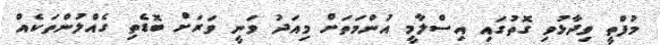
މުފްތީ ވިދާޅުވި ގޮތުގައި އިސްލާމީ އުންމަތަށް މިއަދު ވަނީ ވަރަށް ބޮޑެތި ގެއްލުންތަކެއް